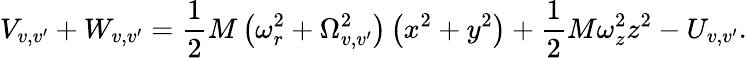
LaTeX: V_{v,v^{\prime}}+W_{v,v^{\prime}}=\frac{1}{2}M\left(\omega_{r}^{2}+\Omega_{v,v^{\prime}}^{2}\right)\left(x^{2}+y^{2}\right)+\frac{1}{2}M\omega_{z}^{2}z^{2}-U_{v,v^{\prime}}.